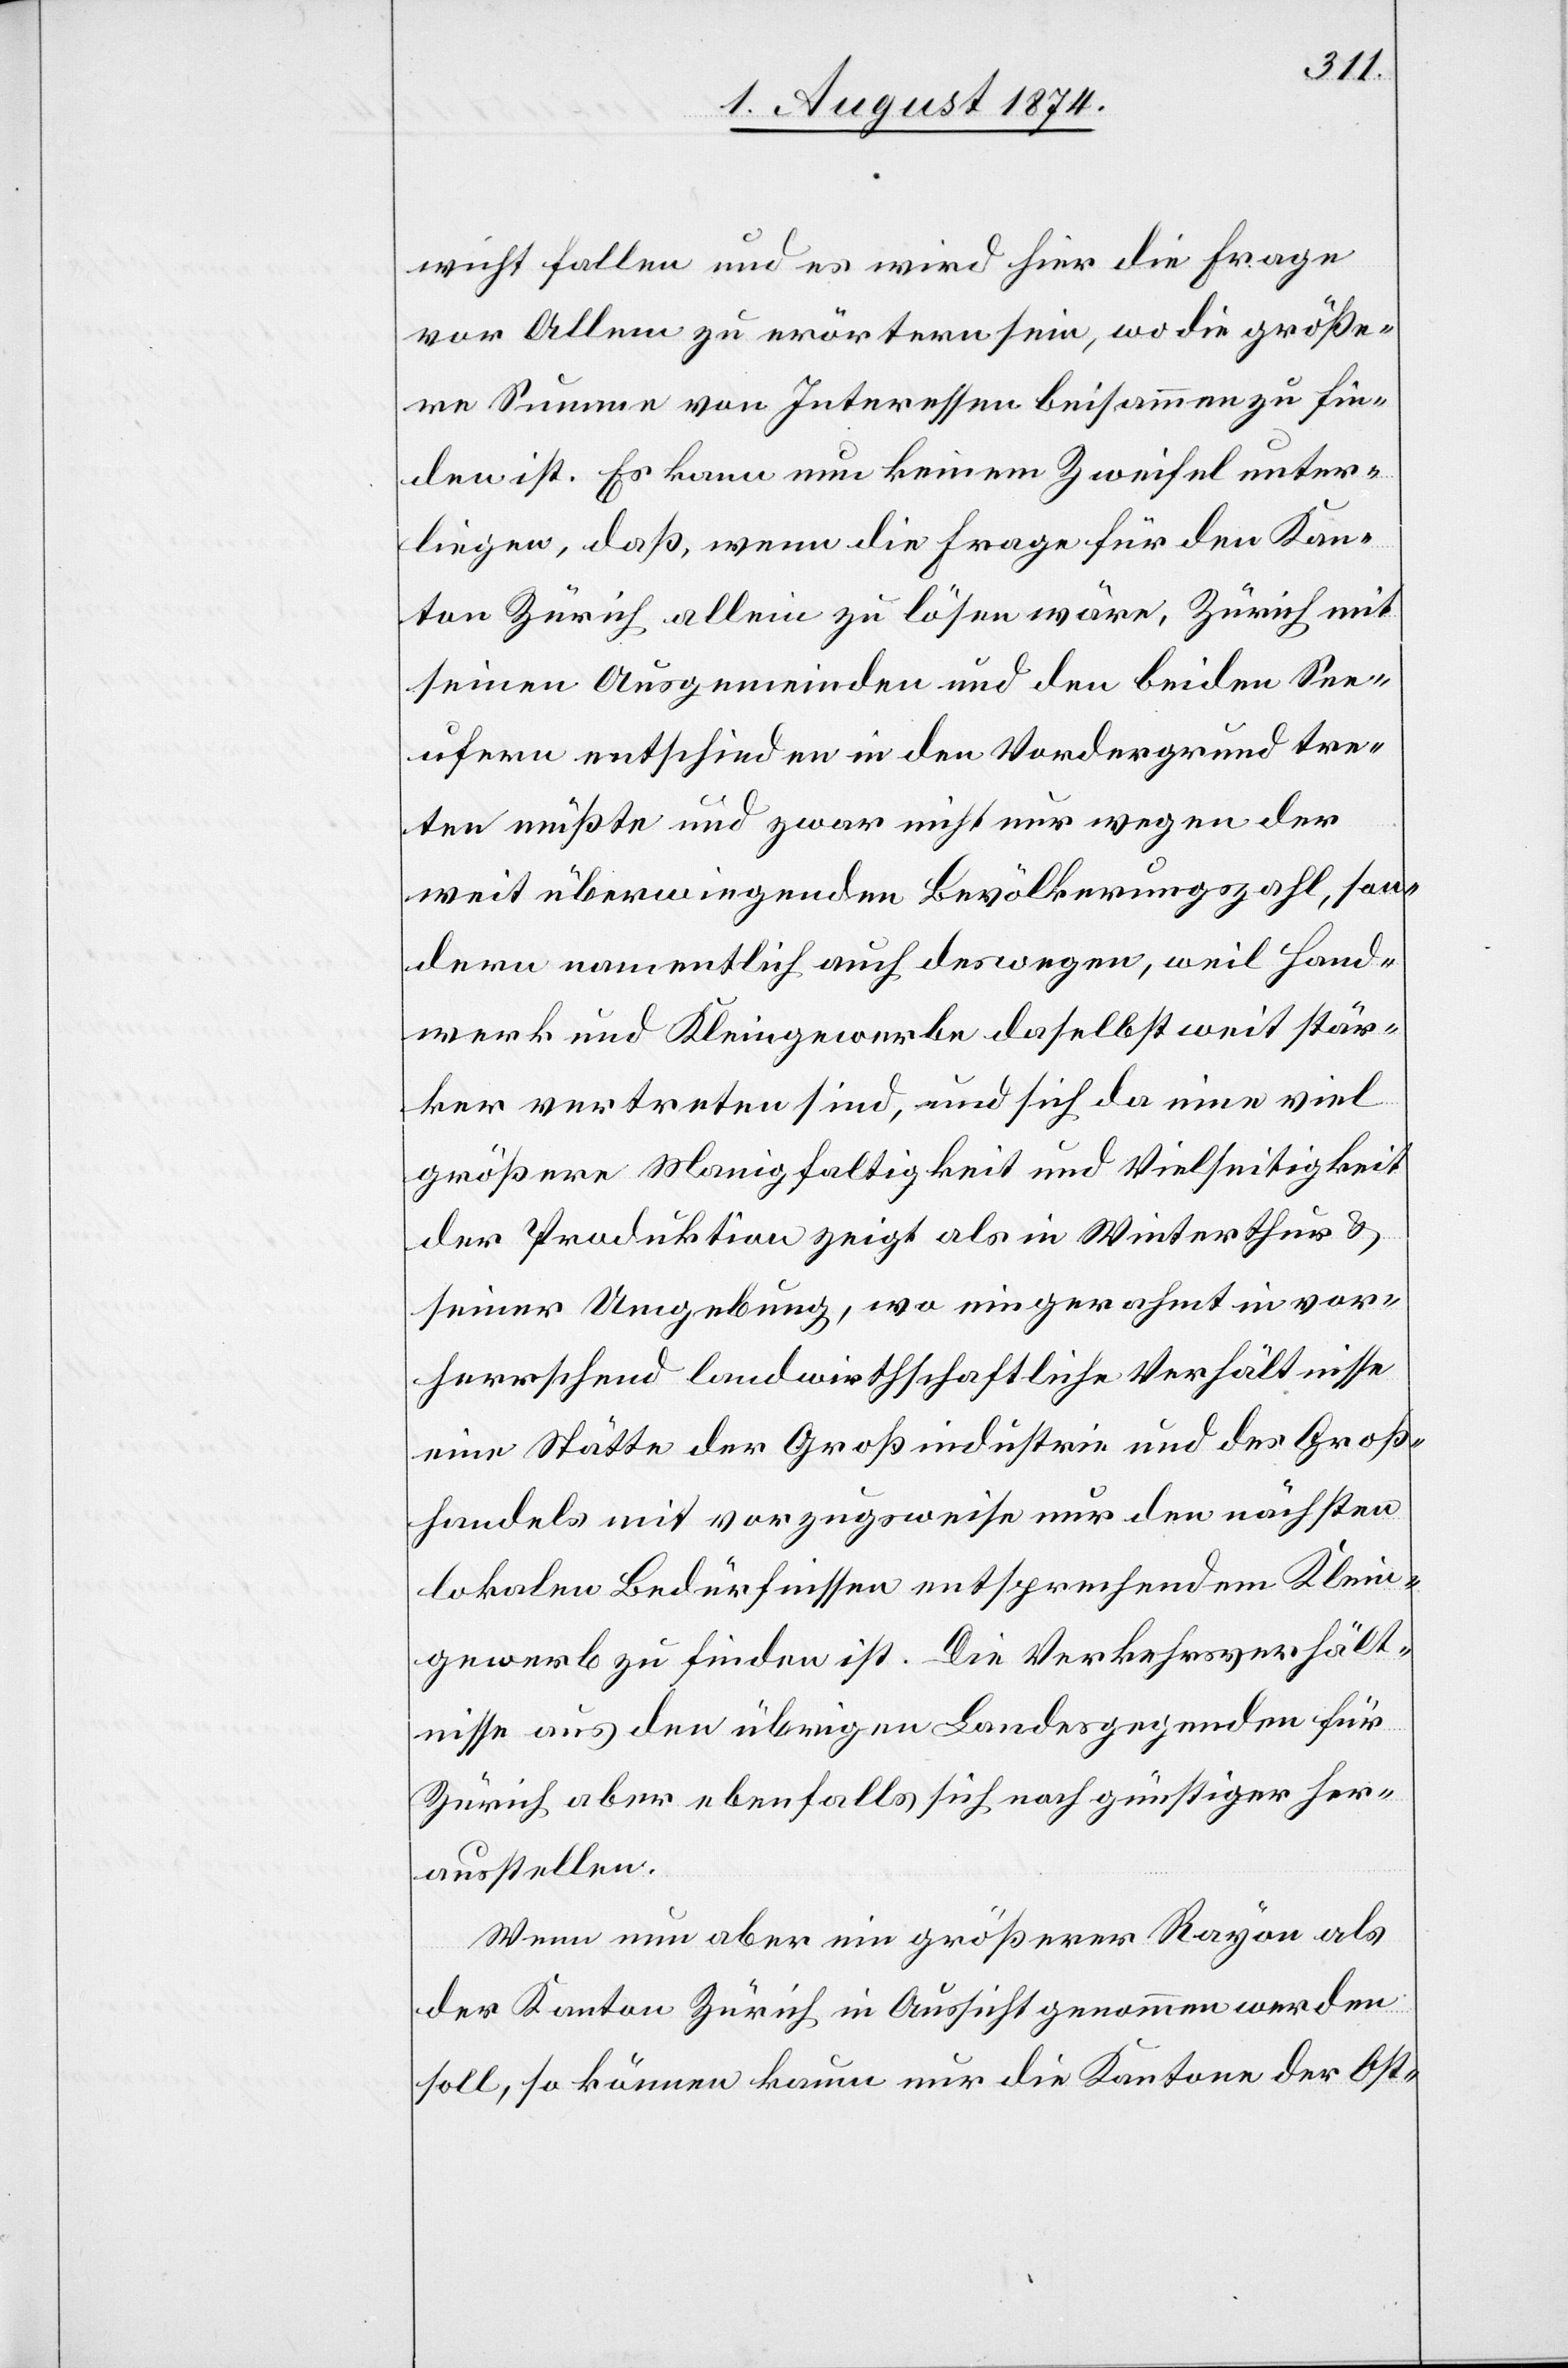
wicht fallen und es wird hier die Frage
vor Allem zu erörtern sein, wo die größe¬
re Summe von Interessen beisammen zu fin¬
den ist. Es kann nun keinem Zweifel unter¬
liegen, daß, wenn die Frage für den Kan¬
ton Zürich allein zu lösen wäre, Zürich mit
seinen Ausgemeinden und den beiden See¬
ufern entschieden in den Vordergrund tre¬
ten müßte und zwar nicht nur wegen der
weit überwiegenden Bevölkerungszahl, son¬
dern namentlich auch deswegen, weil Hand¬
werk und Kleingewerke daselbst weit stär¬
ker vertreten sind, und sich da eine viel
größere Man[n]igfaltigkeit und Vielseitigkeit
der Produktion zeigt als in Winterthur u.
seiner Umgebung, wo eingerahmt in vor¬
herrschend landwirthschaftliche Verhältnisse
eine Stätte der Großindustrie und des Groß¬
handels mit vorzugsweise nur den nächsten
lokalen Bedürfnissen entsprechendem Klein¬
gewerb zu finden ist. Die Verkehrsverhält¬
nisse aus den übrigen Landesgegenden für
Zürich aber ebenfalls sich noch günstiger her¬
ausstellen.
Wenn nun aber ein größerer Rayon als
der Kanton Zürich in Aussicht genommen werden
soll, so können kaum nur die Kantone der Ost-